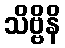
သိဗ္ဗိနိ